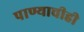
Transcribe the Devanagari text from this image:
पाण्याचीही